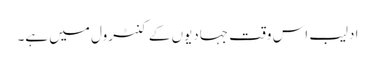
ادلیب اس وقت جہادیوں کے کنٹرول میں ہے۔